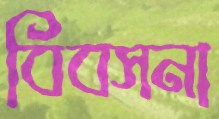
বিবসনা